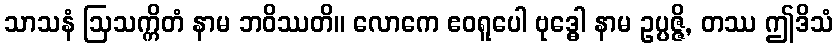
သာသနံ ဩသက္ကိတံ နာမ ဘဝိဿတိ။ လောကေ ဧဝရူပေါ ဗုဒ္ဓေါ နာမ ဥပ္ပဇ္ဇိ, တဿ ဤဒိသံ